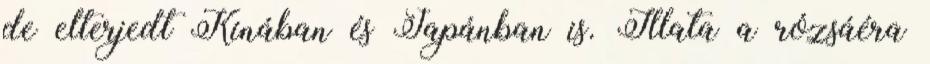
de elterjedt Kínában és Japánban is. Illata a rózsáéra